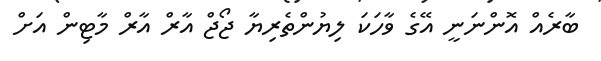
ބާރެއް އޮންނަނީ އޭގެ ވާހަކަ ލިޔުންތެރިޔާ ޖޯޖް އާރް އާރް މާޓިން އަށް